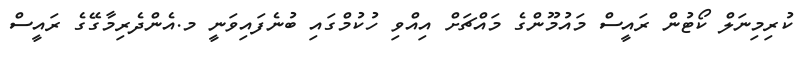
ކުރިމިނަލް ކޯޓުން ރައީސް މައުމޫންގެ މައްޗަށް އިއްވި ހުކުމްގައި ބުނެފައިވަނީ މ.އެންދެރިމާގޭގެ ރައީސް